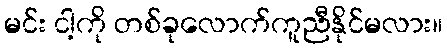
မင်း ငါ့ကို တစ်ခုလောက်ကူညီနိုင်မလား။